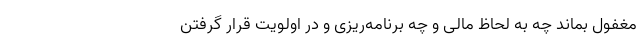
مغفول بماند چه به لحاظ مالی و چه برنامه‌ریزی و در اولویت قرار گرفتن